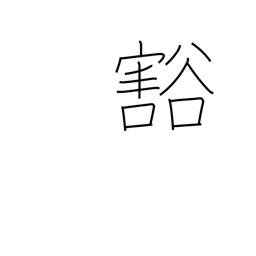
Meaning: empty